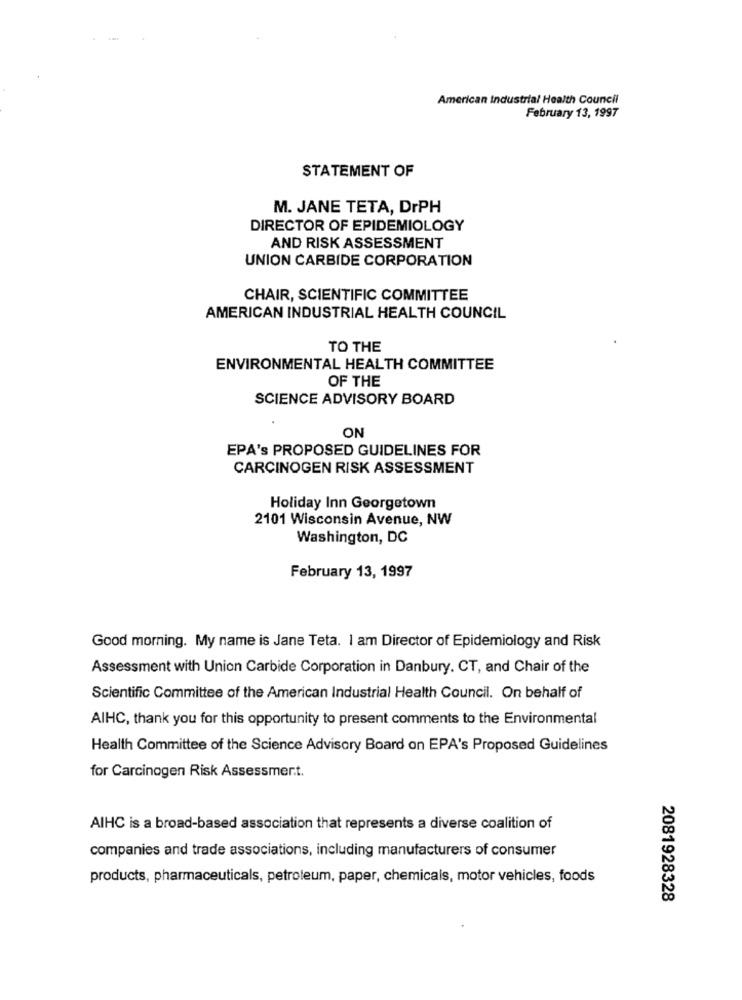
American Industrial Health Council
February 13, 1997
STATEMENT OF
M. JANE TETA, DrPH
DIRECTOR OF EPIDEMIOLOGY
AND RISK ASSESSMENT
UNION CARBIDE CORPORATION
CHAIR, SCIENTIFIC COMMITTEE
AMERICAN INDUSTRIAL HEALTH COUNCIL
TO THE
ENVIRONMENTAL HEALTH COMMITTEE
OF THE
SCIENCE ADVISORY BOARD
ON
EPA's PROPOSED GUIDELINES FOR
CARCINOGEN RISK ASSESSMENT
Holiday Inn Georgetown
2101 Wisconsin Avenue, NW
Washington, DC
February 13, 1997
Good morning. My name is Jane Teta. I am Director of Epidemiology and Risk
Assessment with Union Carbide Corporation in Danbury. CT, and Chair of the
Scientific Committee of the American Industrial Health Council. On behalf of
AIHC, thank you for this opportunity to present comments to the Environmental
Health Committee of the Science Advisory Board on EPA's Proposed Guidelines
for Carcinogen Risk Assessment.
AIHC is a broad-based association that represents a diverse coalition of
companies and trade associations, including manufacturers of consumer
products, pharmaceuticals, petroleum, paper, chemicals, motor vehicles, foods
2081928328